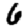
Digit: 6